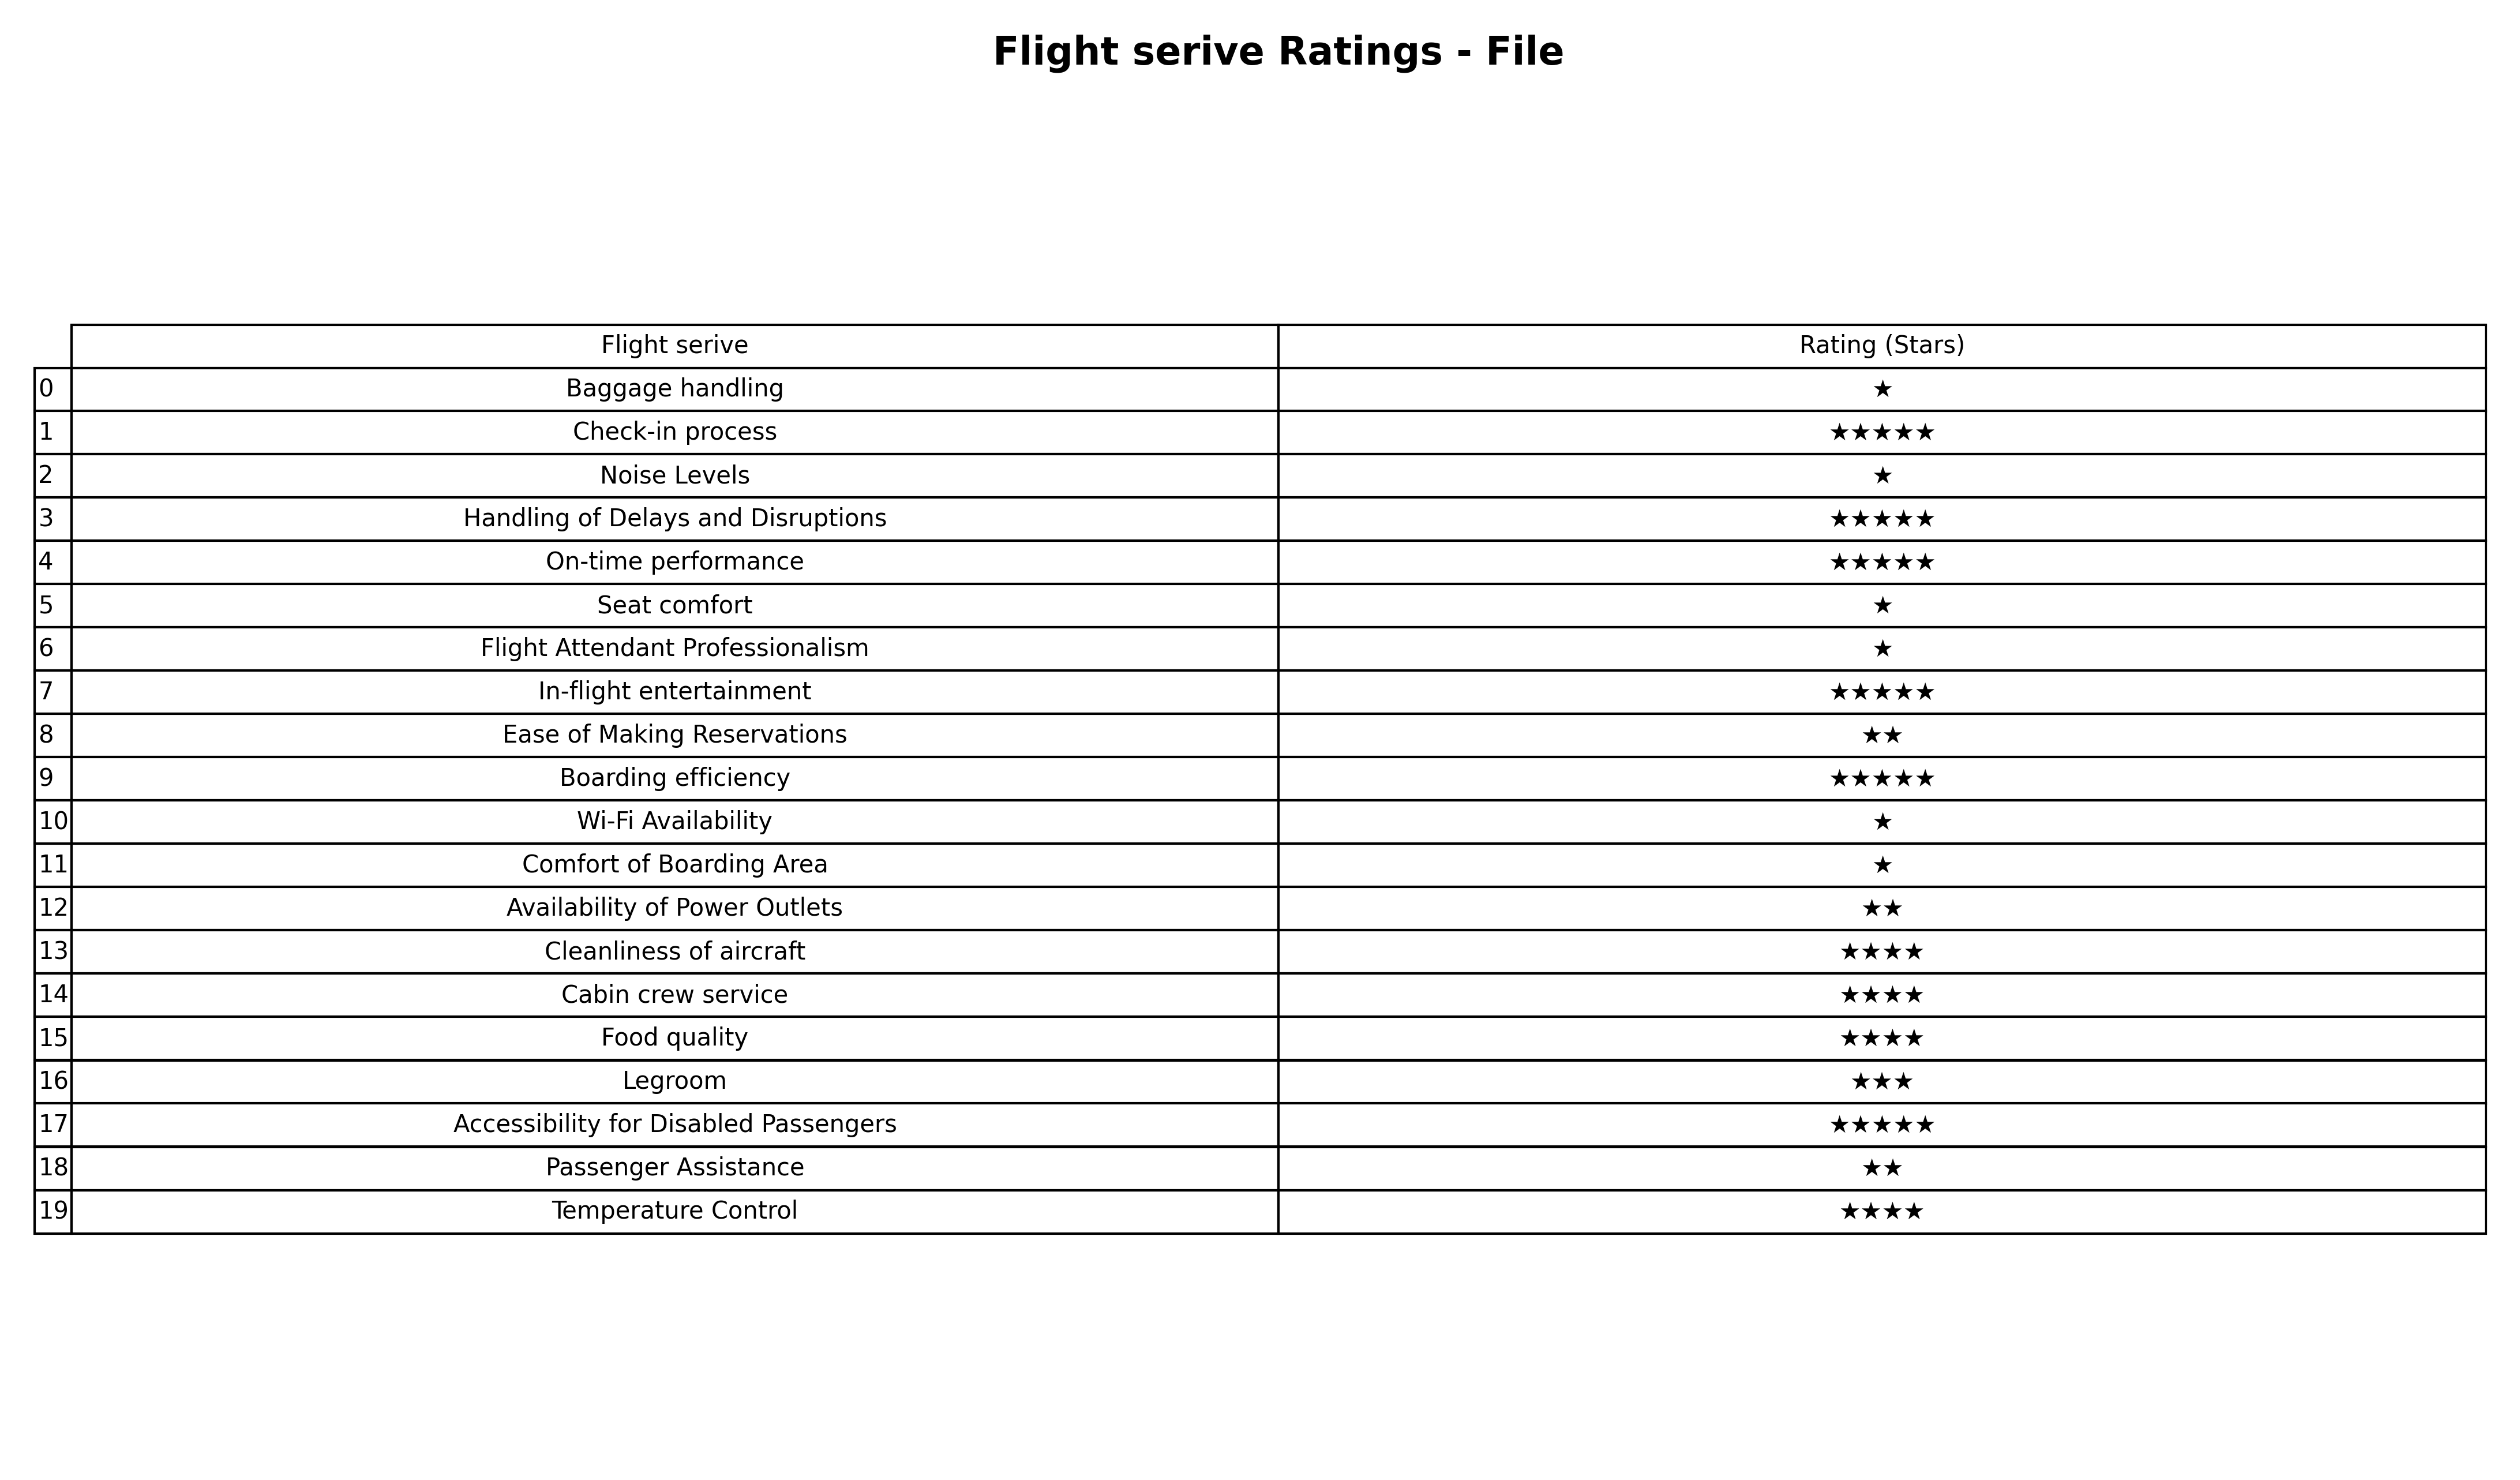
question: What is the rating of On-time performance?
answer: ★★★★★